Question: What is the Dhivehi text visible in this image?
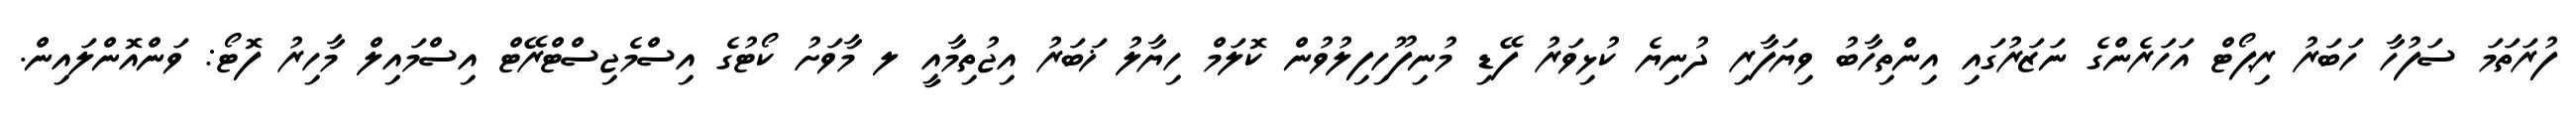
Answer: ފުރަތަމަ ސަފުހާ ހަބަރު ރިޕޯޓް އަހަރެންގެ ނަޒަރުގައި އިންތިހާބު ވިޔަފާރި ދުނިޔެ ކުޅިވަރު ފޭޑި މުނިފޫހިފިލުވުން ކޮލަމް ހިޔާލު ޚަބަރު އިޖުތިމާއީ ލ މާވަށު ކޯޓުގެ އިސްމެޖިސްޓްރޭޓް އިސްމައިލް މާހިރު ފޮޓޯ: ވަންއޮންލައިން.